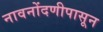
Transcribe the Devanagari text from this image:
नावनोंदणीपासून